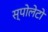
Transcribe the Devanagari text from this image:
स्पोलेटो